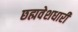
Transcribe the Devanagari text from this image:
छह्मवेशधारी